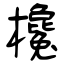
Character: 欃